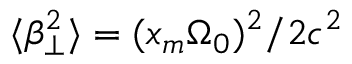
\langle \beta _ { \perp } ^ { 2 } \rangle = ( x _ { m } \Omega _ { 0 } ) ^ { 2 } / 2 c ^ { 2 }